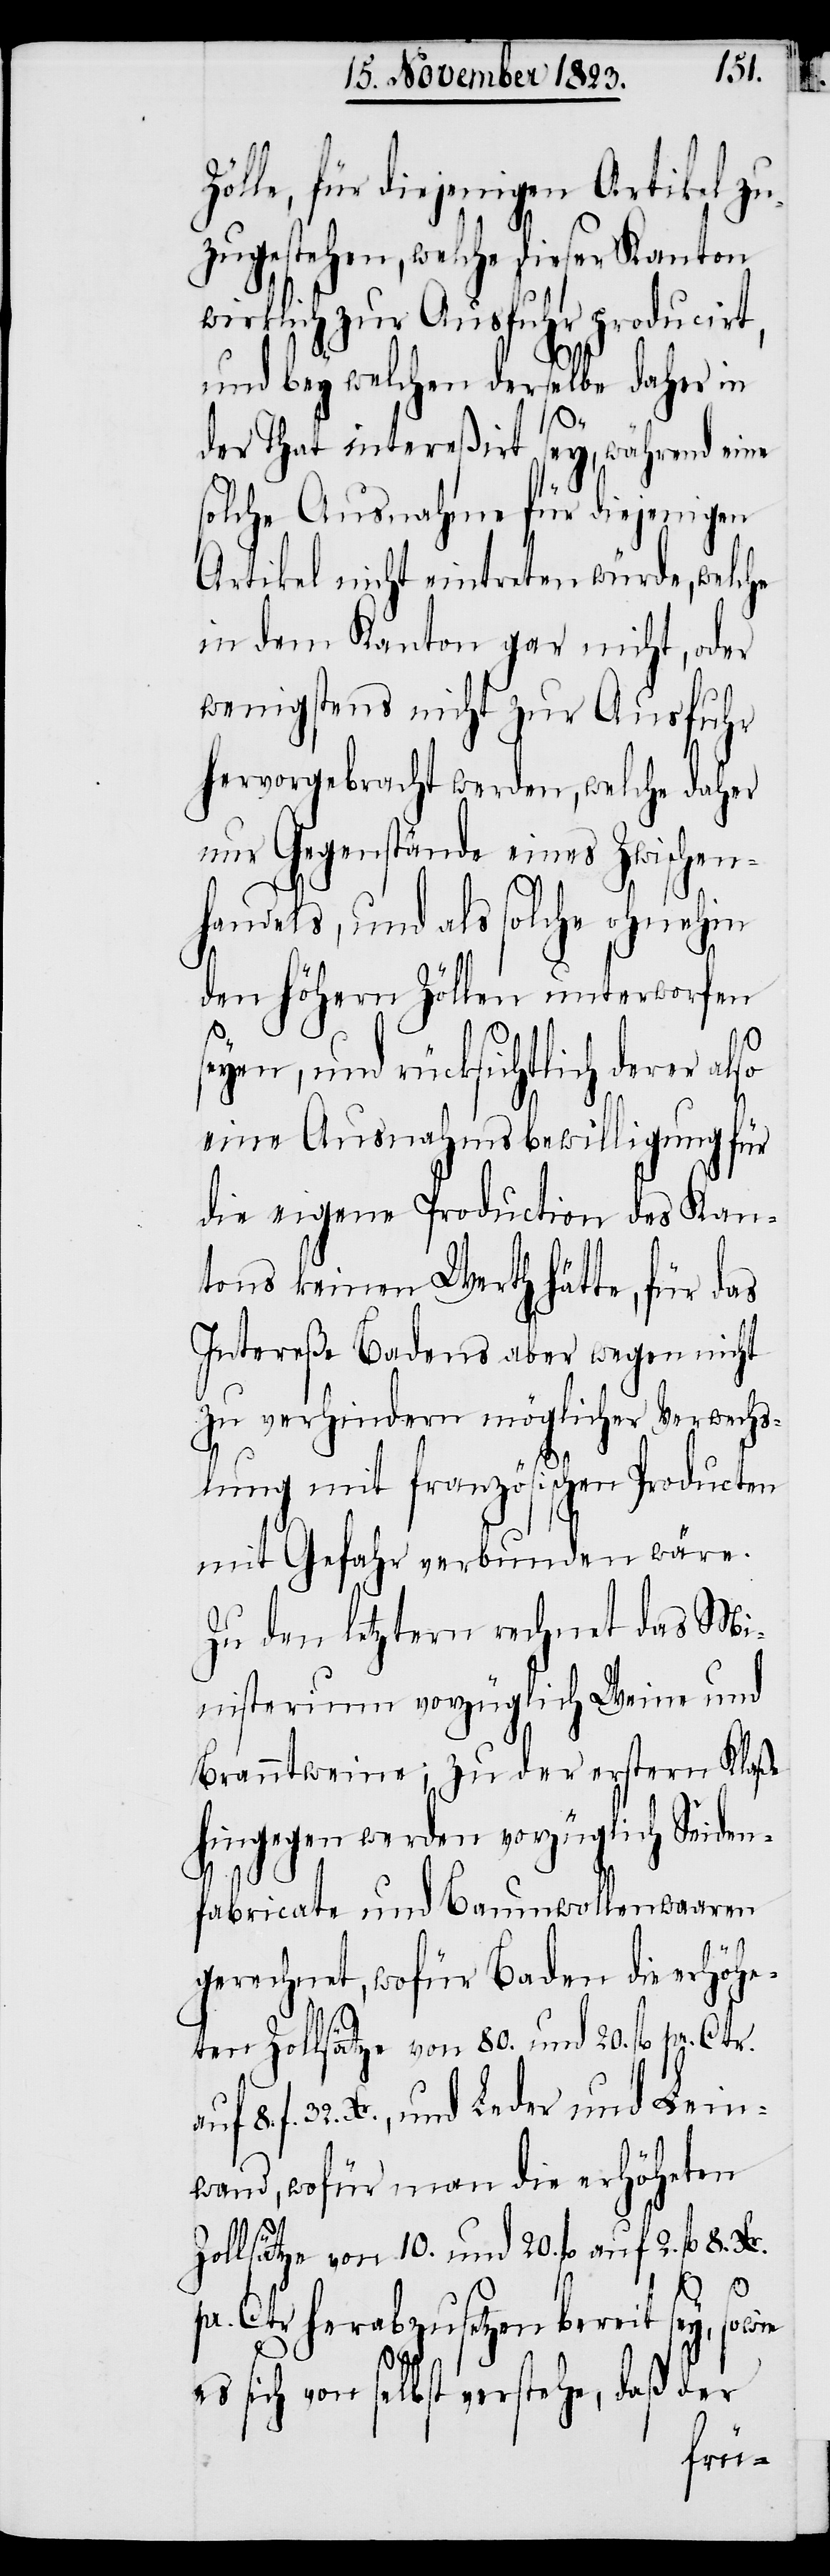
Zölle, für diejenigen Artikel zu¬
zugestehen, welche dieser Kanton
wirklich zur Ausfuhr producirt,
und bey welchen derselbe daher in
der That intereßirt sey, während eine
solche Ausnahme für diejenigen
Artikel nicht eintreten würde, welche
in dem Kanton gar nicht, oder
wenigstens nicht zur Ausfuhr
hervorgebracht werden, welche daher
nur Gegenstände eines Zwischen¬
handels, und als solche ohnehin
den höhern Zöllen unterworfen
eyen, und rücksichtlich derer
eine Ausnahmsbewilligung für
die eigene Production des Kan¬
tons keinen Werth hätte, für das
Intereße Badens aber wegen nicht
zu verhindern möglicher Verwechs¬
lung mit französischen Producten
mit Gefahr verbunden wäre.
Zu den letztern rechnet das Mi¬
nisterium vorzüglich Weine und
Branntweine; zu der erstern Klaße
hingegen werden vorzüglich Seiden¬
fabricate und Baumwollenwaaren
gerechnet, wofür Baden die erhöhe¬
ten Zollsätze von 80. und 20. fl pr. Ctr.
f. 32. Xr., und Leder und Lein¬
wand, wofür man die erhöheten
Zollsätze von 10. und 20. fl auf 2. fl 8. Xr.
8.
pr. Ctr. herabzusetzen bereit sey, sowie
es sich von selbst verstehe, daß der